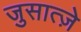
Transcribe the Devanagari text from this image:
जुसात्ज़े